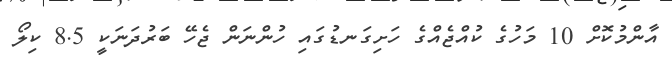
އާންމުކޮށް 10 މަހުގެ ކުއްޖެއްގެ ހަށިގަނޑުގައި ހުންނަން ޖެހޭ ބަރުދަނަކީ 8.5 ކިލޯ